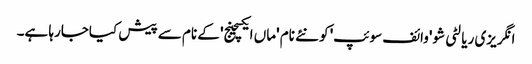
انگریزی ریالٹی شو 'وائف سوئپ' کو نئے نام 'ماں ایکسچینج' کے نام سے پیش کیاجارہا ہے۔